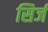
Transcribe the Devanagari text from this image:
सिर्ज